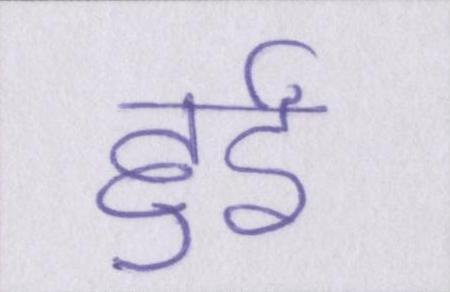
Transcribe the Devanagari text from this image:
हुईं